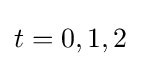
t=0,1,2